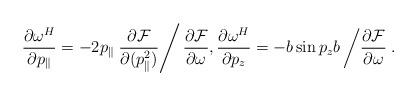
LaTeX: \begin{align*}\frac{\partial \omega^H}{\partial p_{\parallel}} = -2p_{\parallel}\left. \frac{\partial\mathcal{F}}{\partial (p_{\parallel}^2)}\right/ \frac{\partial \mathcal{F}}{\partial \omega},\frac{\partial \omega^H}{\partial p_z} = - b\sin p_zb\left/ \frac{\partial\mathcal{F}}{\partial \omega}\right..\end{align*}